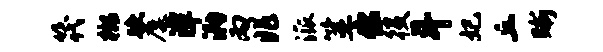
筏榔跌麋潭泐丙兆派筮出役斗妃丘晰